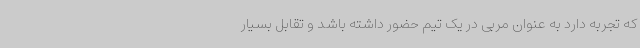
که تجربه دارد به عنوان مربی در یک تیم حضور داشته باشد و تقابل بسیار